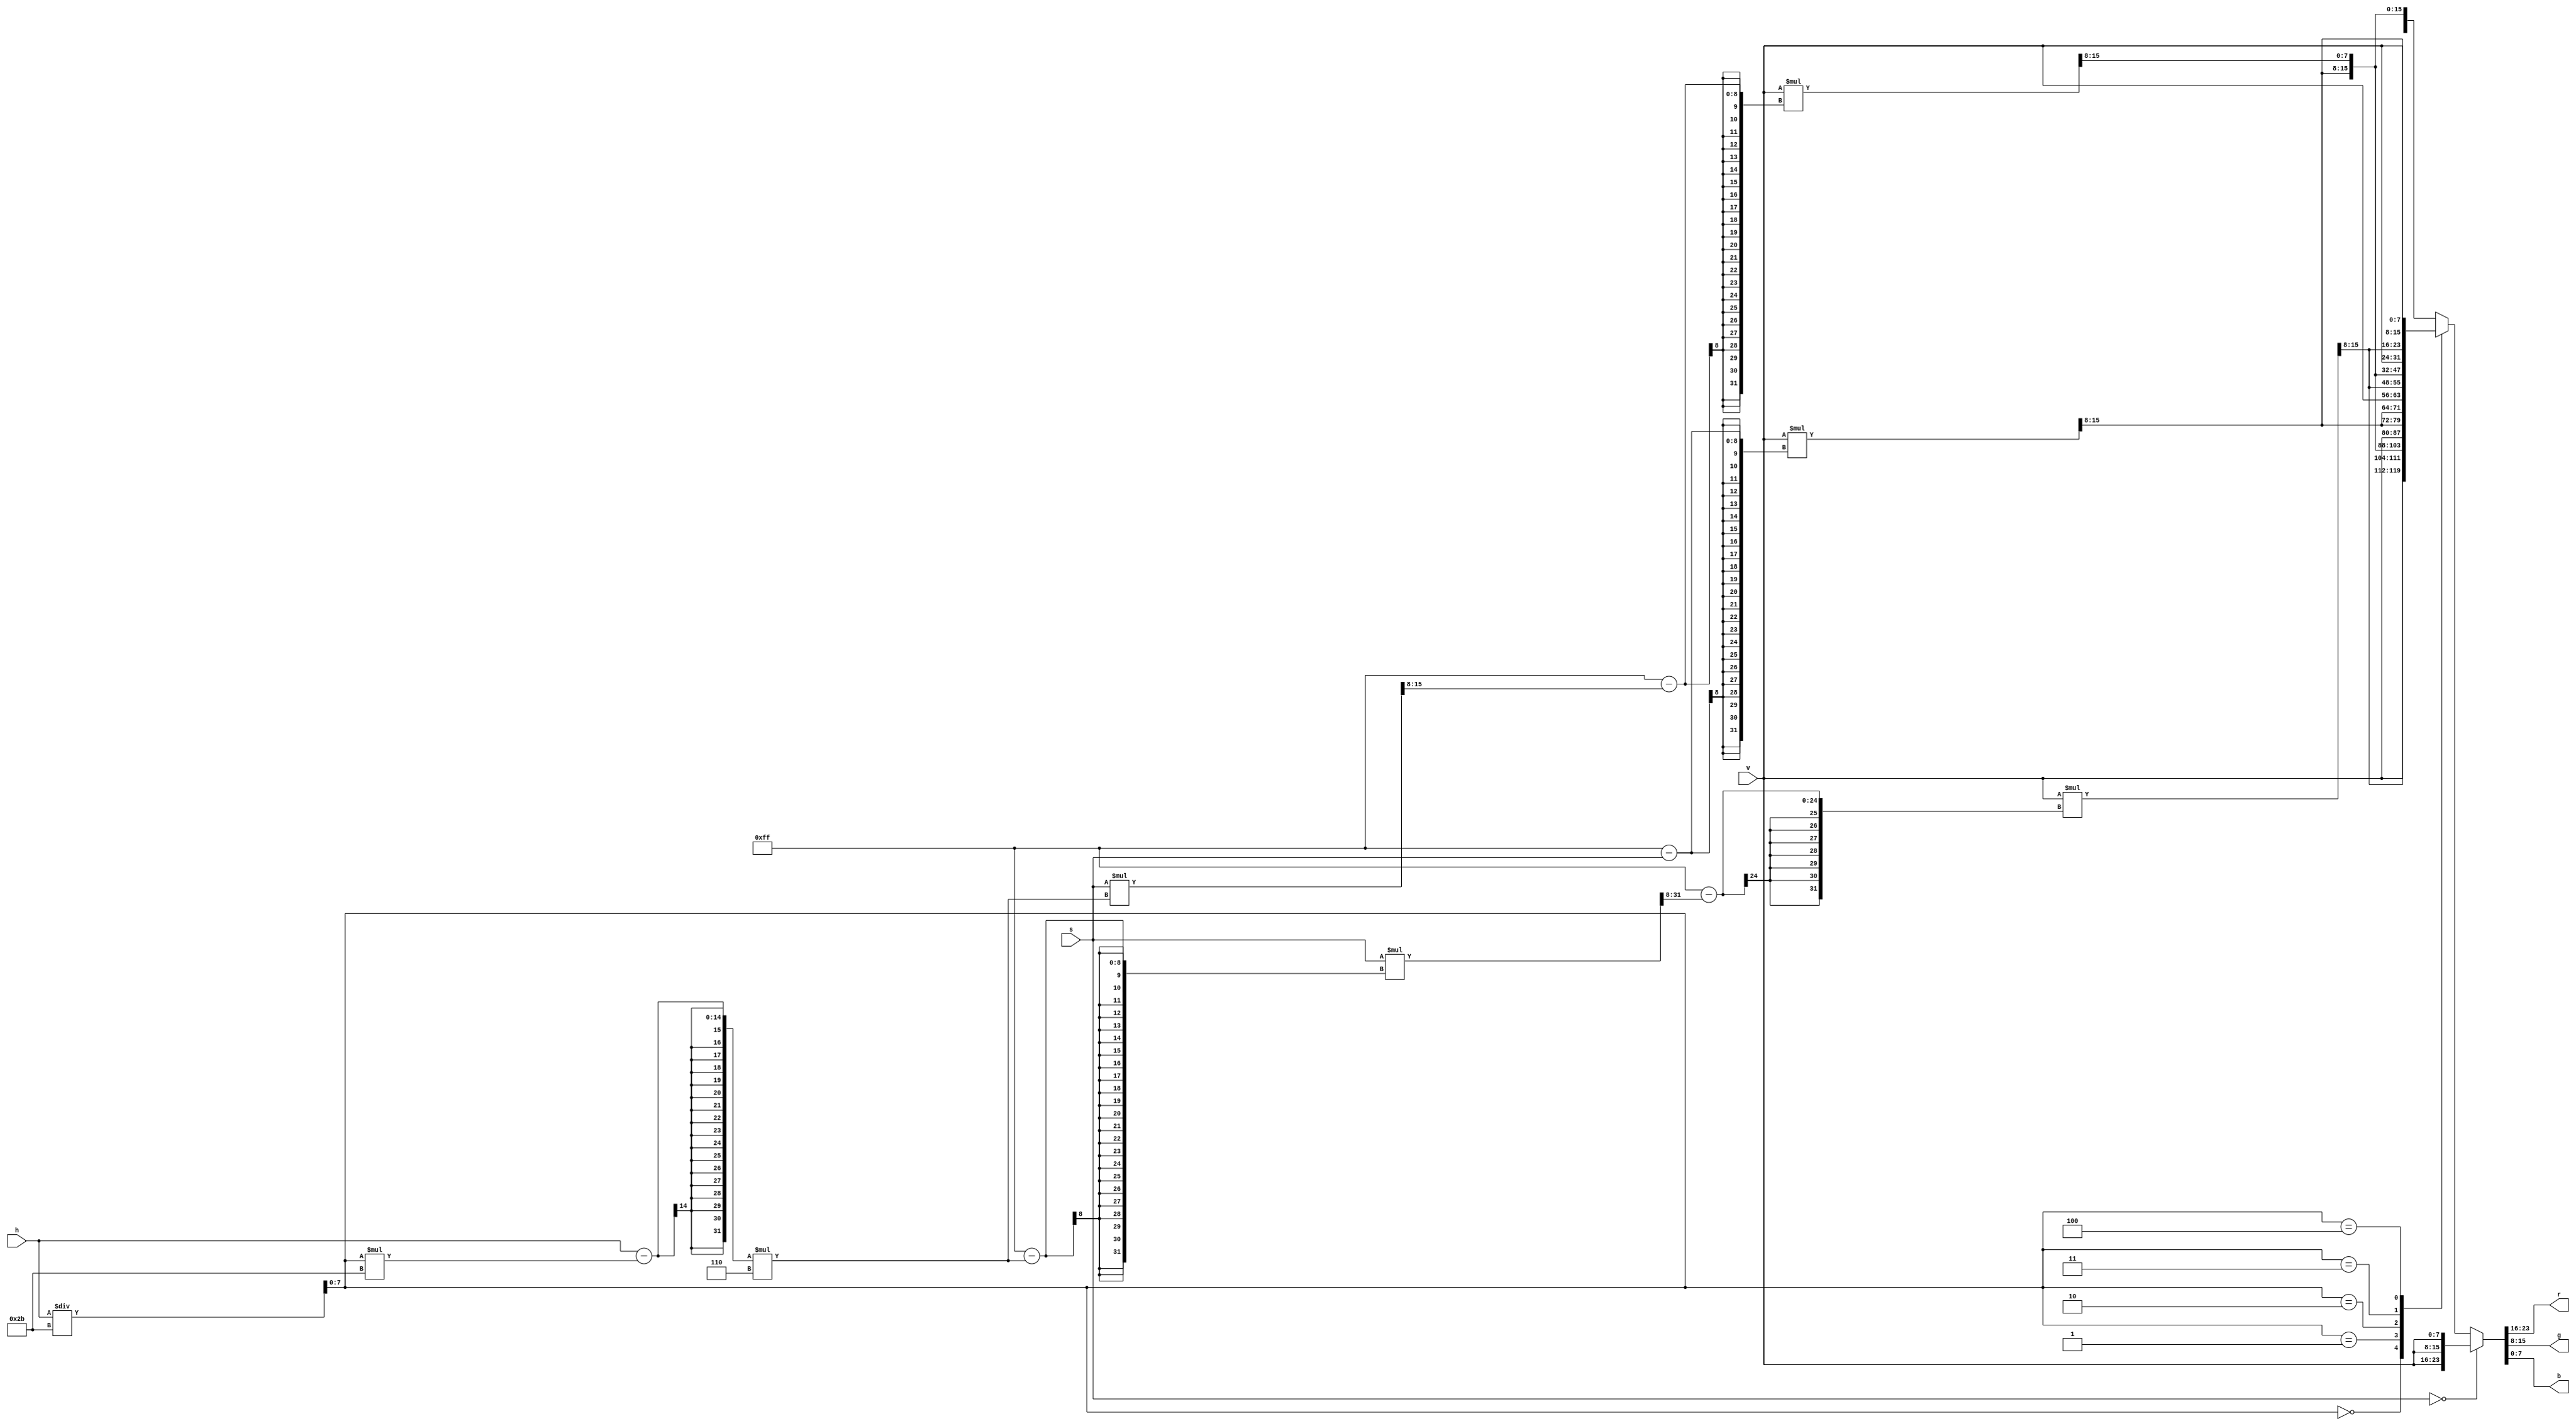
module hsv2rgb (
        input [7:0] h,
        input [7:0] s,
        input [7:0] v,
        output [7:0] r,
        output [7:0] g,
        output [7:0] b
    );

    wire [7:0] region = h / 43;
    wire [7:0] remainder = (h - (region *43)) * 6;
    wire [7:0] p = (v * (255 - s)) >> 8;
    wire [7:0] q = (v * (255 - ((s * remainder) >> 8))) >> 8;
    wire [7:0] t = (v * (255 - ((s * (255 - remainder)) >> 8))) >> 8;

    reg [23:0] out;
    assign {r,g,b} = out;

    always @* begin
        if (s == 0) begin
            out = {v,v,v};
        end
        else begin
            case (region)
                0: begin
                    out = {v,t,p};
                end
                1: begin
                    out = {q,v,p};
                end
                2: begin
                    out = {p,v,t};
                end
                3: begin
                    out = {p,q,v};
                end
                4: begin
                    out = {t,p,v};
                end
                default: begin
                    out = {v,p,q};
                end
            endcase
        end
    end
endmodule